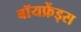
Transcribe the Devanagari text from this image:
बॉयफ्रेंड्स